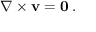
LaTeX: \nabla \times \mathbf { v } = \mathbf { 0 } \, .